65_HS1-834228961_62-HQ-83894_Section_4
Agency: FBI
Page 143
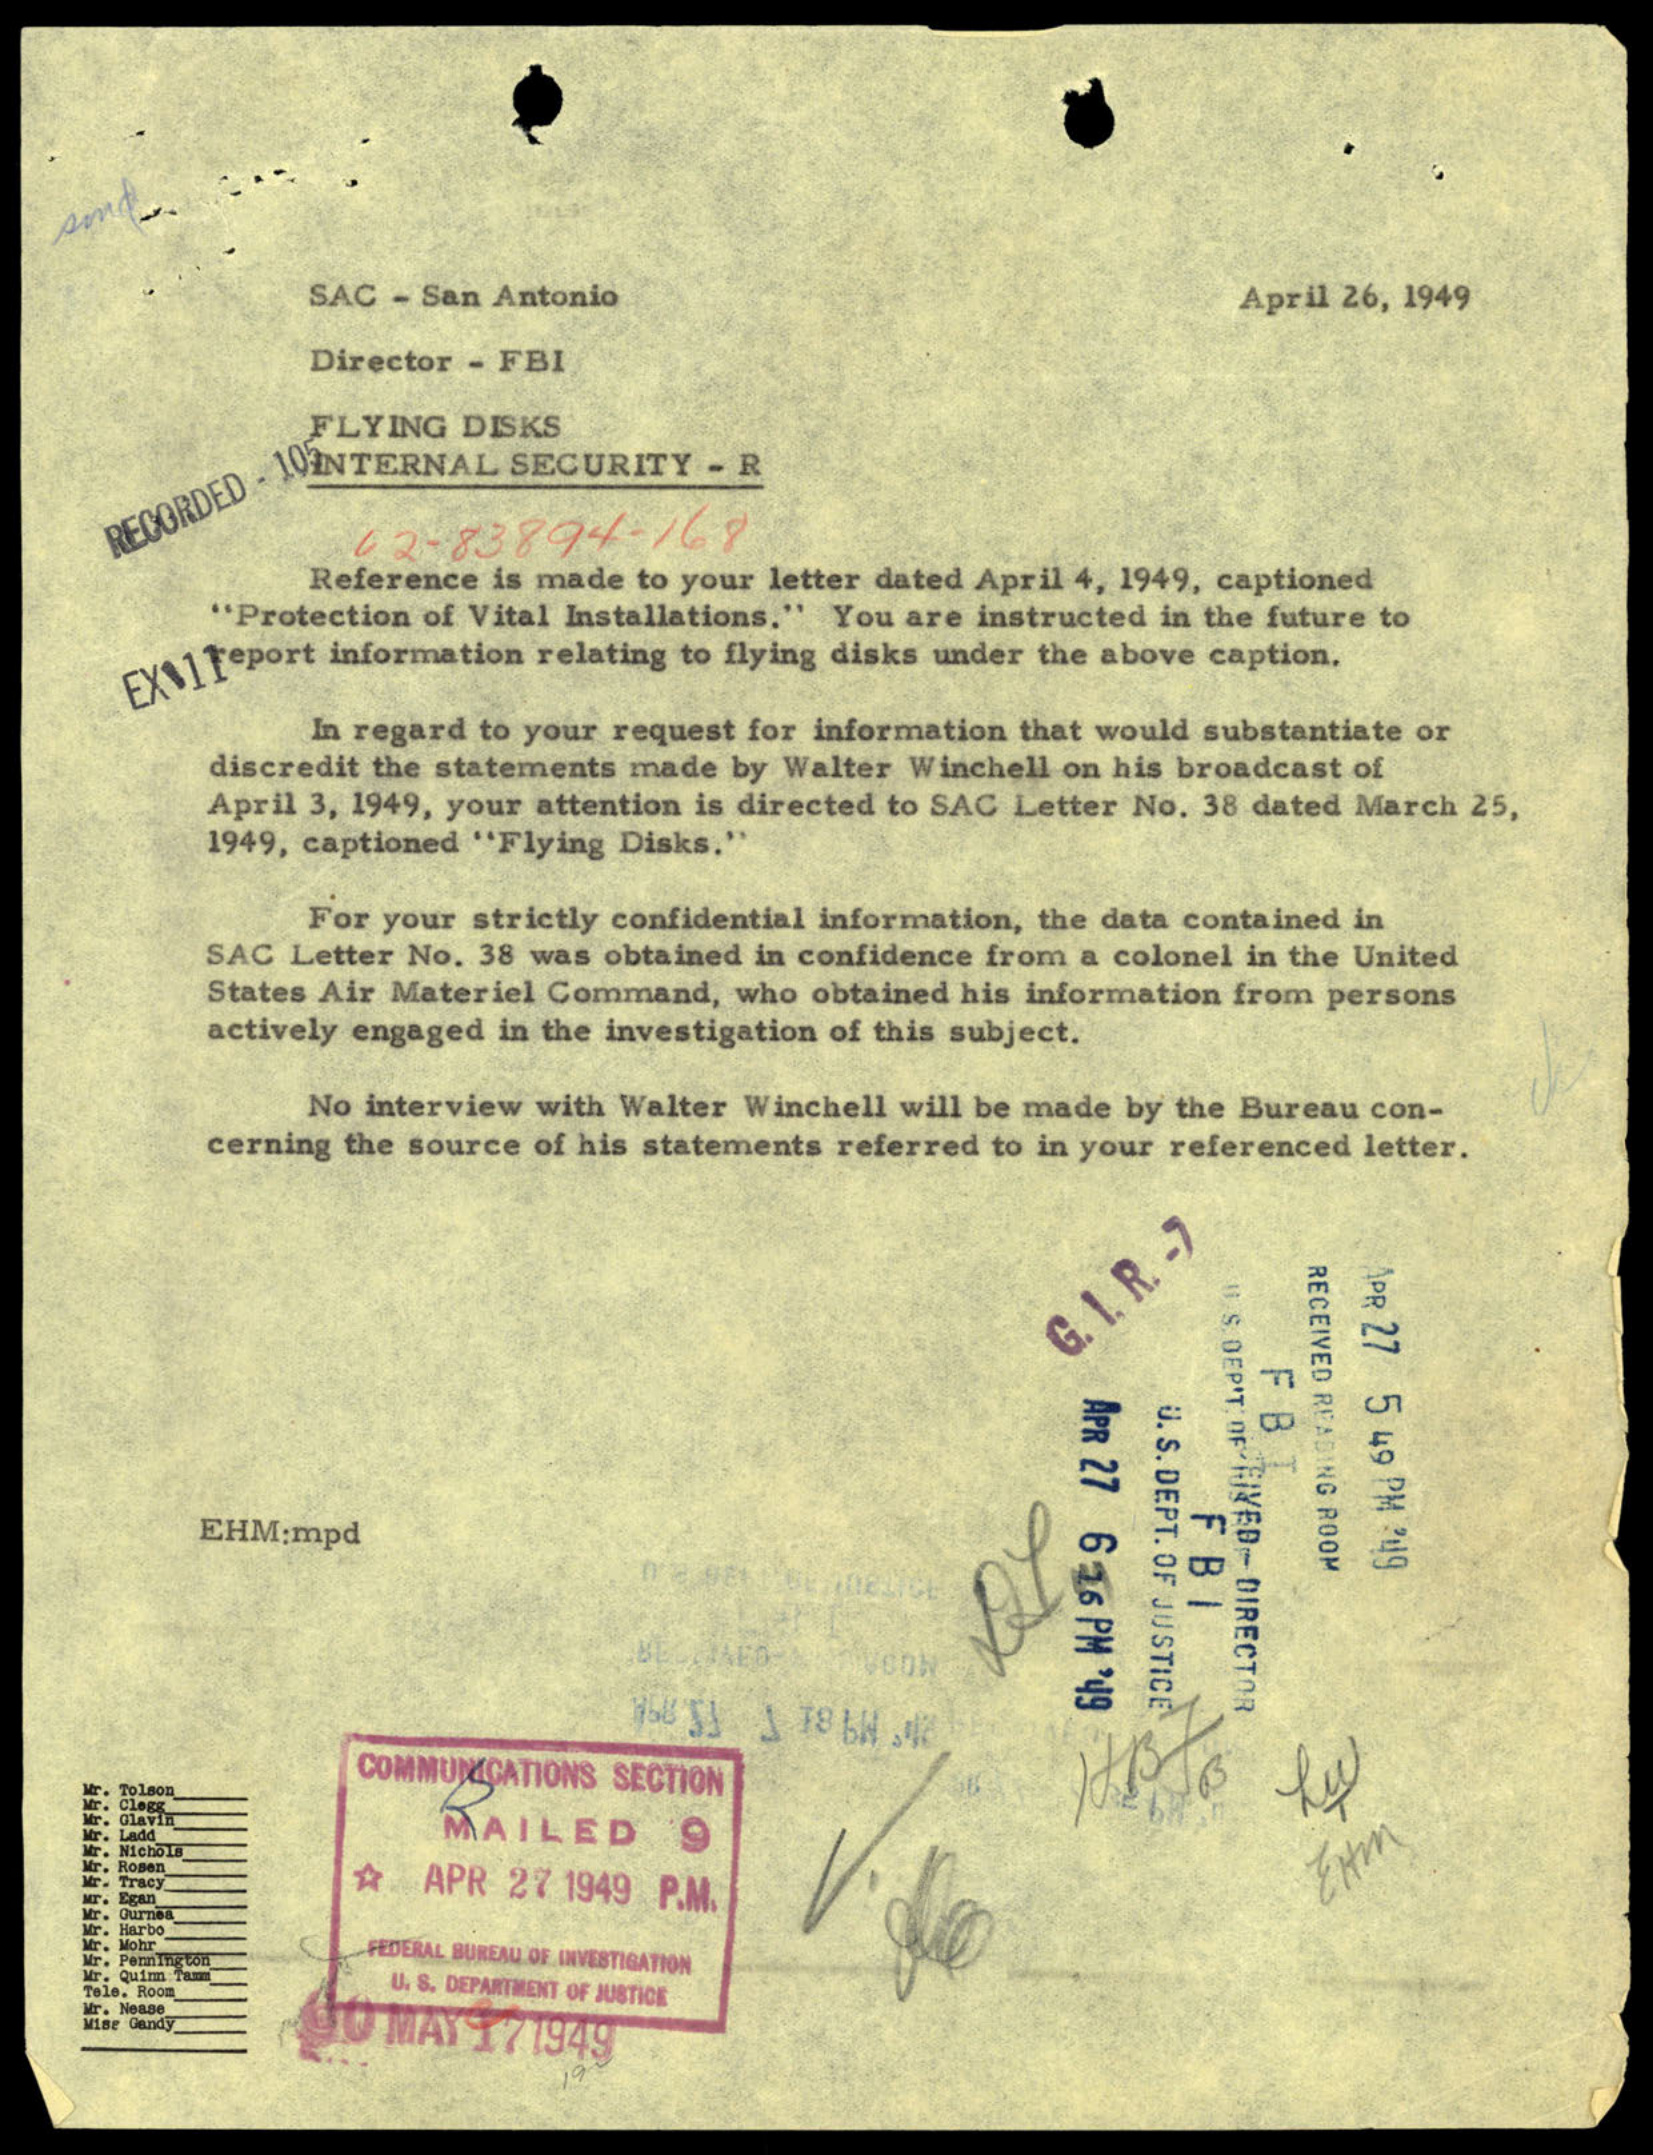